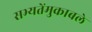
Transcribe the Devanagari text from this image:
सभ्यतेंमुकाबले